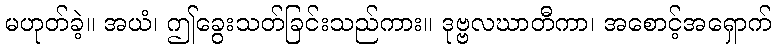
မဟုတ်ခဲ့။ အယံ၊ ဤခွေးသတ်ခြင်းသည်ကား။ ဒုဗ္ဗလဃာတီကာ၊ အစောင့်အရှောက်